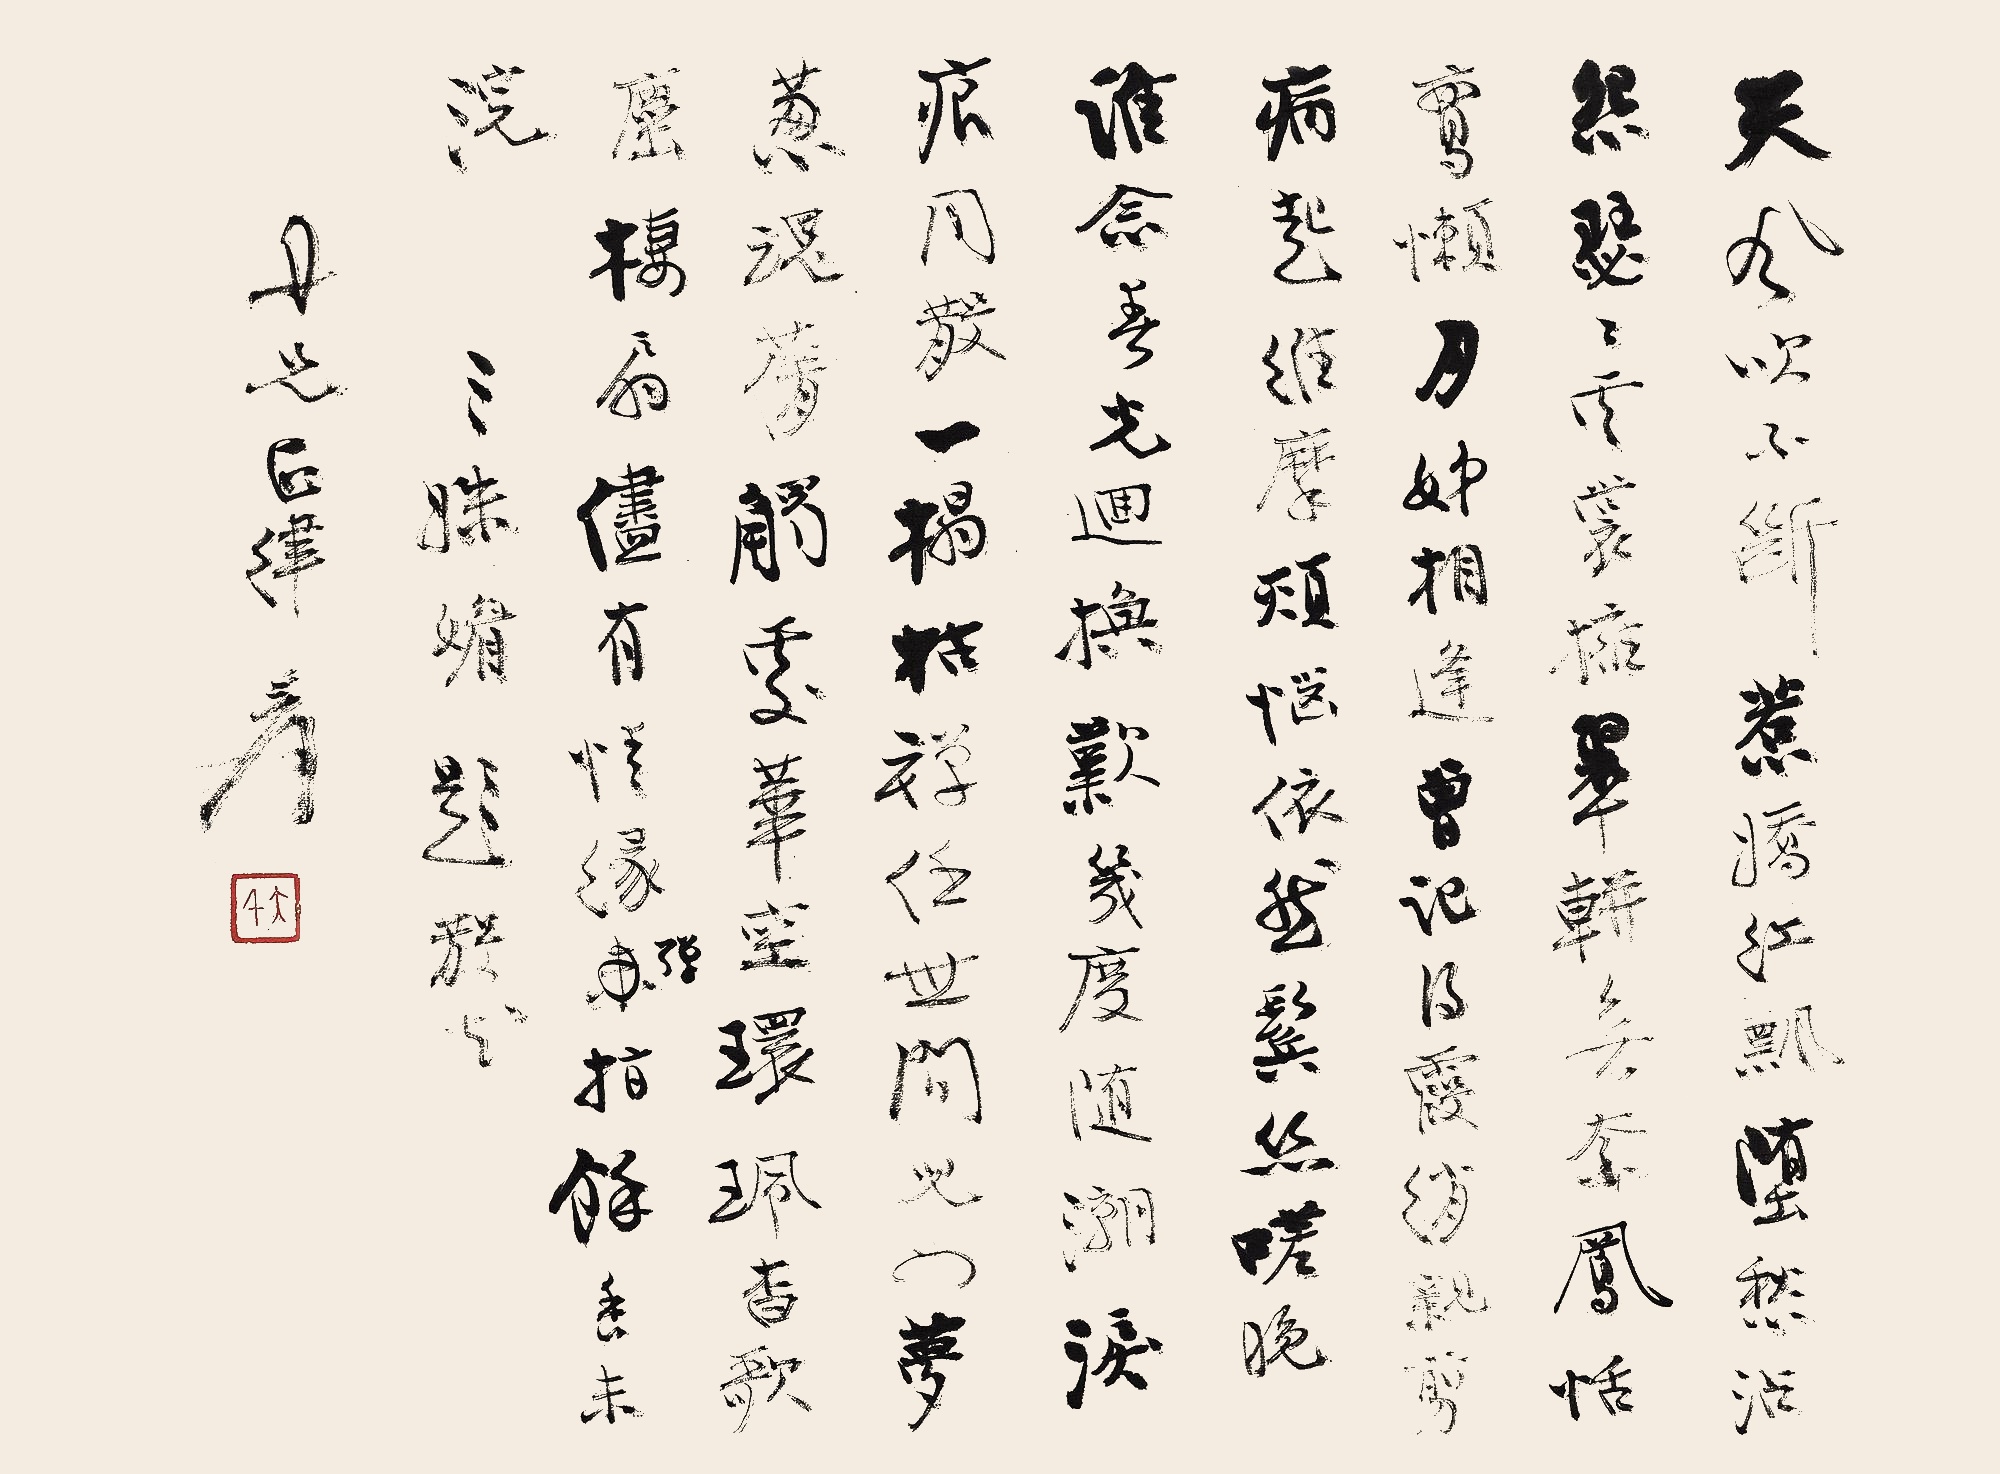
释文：天风吹不断。惹娇红飘，堕愁沾怨。瑟瑟云裳，拥翠𫐌无奈，凤恬鸾懒。月姊相逢，曾记得霞绡亲剪。病起维摩，烦恼依然，鬓丝嗟晚。谁念春光回换？叹几度随潮，泪痕同散。一榻枯禅，任世间儿女，梦葱魂蒨。触处华空，环佩杳歌尘栖扇。尽有情缘弹指，余香未浣。三姝媚。题散花。丹光正律，爰。